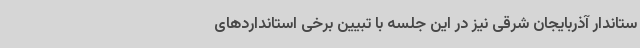
ستاندار آذربایجان شرقی نیز در این جلسه با تبیین برخی استانداردهای